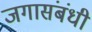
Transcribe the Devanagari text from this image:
जगासंबंधी